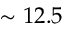
\sim 1 2 . 5